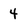
Character: 4